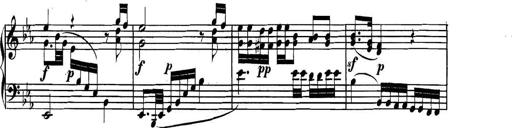
Title: Collected Piano Sonatas
Composer: Muzio Clementi